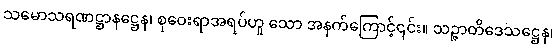
သမောသရဏဋ္ဌာနဋ္ဌေန၊ စုဝေးရာအရပ်ဟူ သော အနက်ကြောင့်၎င်း။ သဉ္ဇာတိဒေသဋ္ဌေန၊